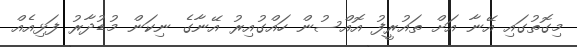
މިގޮތުގައި އޭނާ އަށް ތައުރީފު އޮއްސުން ހައްގުއިރު އޭނާގެ ނިކަން މުޑުދާރު ފަޅިއެއް